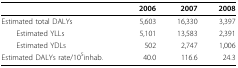
|  | 2006 | 2007 | 2008 |
 | --- | --- | --- | --- |
 | Estimated total DALYs | 5,603 | 16,330 | 3,397 |
 | Estimated YLLs | 5,101 | 13,583 | 2,391 |
 | Estimated YDLs | 502 | 2,747 | 1,006 |
 | Estimated DALYs rate/105inhab. | 40.0 | 116.6 | 24.3 |